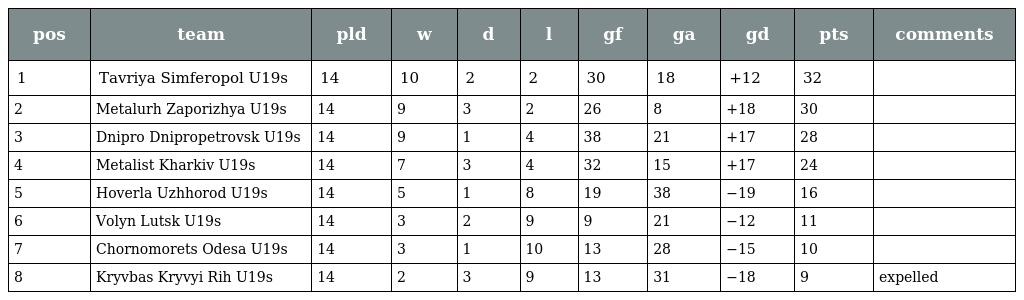
| pos | team | pld | w | d | l | gf | ga | gd | pts | comments |
 | --- | --- | --- | --- | --- | --- | --- | --- | --- | --- | --- |
 | 1 | Tavriya Simferopol U19s | 14 | 10 | 2 | 2 | 30 | 18 | +12 | 32 |  |
 | 2 | Metalurh Zaporizhya U19s | 14 | 9 | 3 | 2 | 26 | 8 | +18 | 30 |  |
 | 3 | Dnipro Dnipropetrovsk U19s | 14 | 9 | 1 | 4 | 38 | 21 | +17 | 28 |  |
 | 4 | Metalist Kharkiv U19s | 14 | 7 | 3 | 4 | 32 | 15 | +17 | 24 |  |
 | 5 | Hoverla Uzhhorod U19s | 14 | 5 | 1 | 8 | 19 | 38 | −19 | 16 |  |
 | 6 | Volyn Lutsk U19s | 14 | 3 | 2 | 9 | 9 | 21 | −12 | 11 |  |
 | 7 | Chornomorets Odesa U19s | 14 | 3 | 1 | 10 | 13 | 28 | −15 | 10 |  |
 | 8 | Kryvbas Kryvyi Rih U19s | 14 | 2 | 3 | 9 | 13 | 31 | −18 | 9 | expelled |